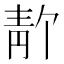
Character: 𫕸